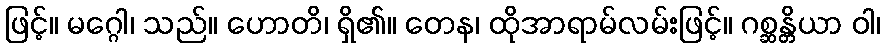
ဖြင့်။ မဂ္ဂေါ၊ သည်။ ဟောတိ၊ ရှိ၏။ တေန၊ ထိုအာရာမ်လမ်းဖြင့်။ ဂစ္ဆန္တိယာ ဝါ၊